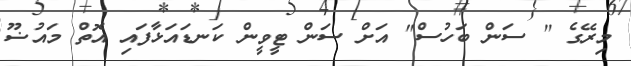
މިރޭގެ " ސަން ބަހުސް" އަށް ސަން ޓީވީން ކަނޑައަޅާފައި އޮތް މައުޟޫ